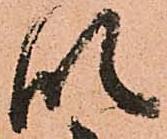
段